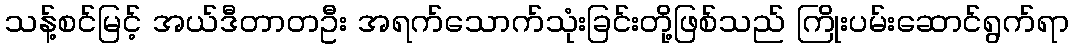
သန့်စင်မြင့် အယ်ဒီတာတဦး အရက်သောက်သုံးခြင်းတို့ဖြစ်သည် ကြိုးပမ်းဆောင်ရွက်ရာ